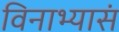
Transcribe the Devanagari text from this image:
विनाभ्यासं